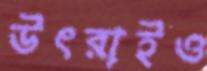
উৎরাইও